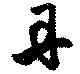
丹